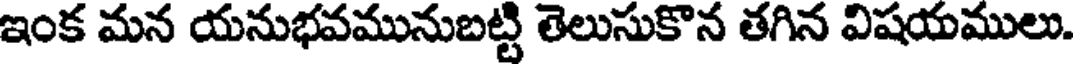
ఇంక మన యనుభవమునుబట్టి తెలుసుకొన తగిన విషయములు.